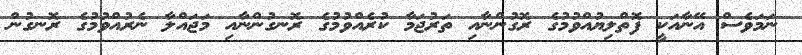
ނަމަވެސް އޭނާއަކީ ފޮތްލިޔުއްވުމުގެ ރޮގުންނާއި ތަރުޖަމާ ކުރެއްވުމުގެ ރޮނގުންނާއި މަޖައްލާ ނެރުއްވުމުގެ ރޮނގުން